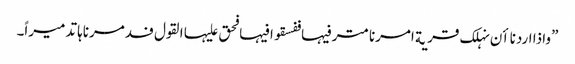
”واذا اردنا اٴن نہلک قریة امرنا مترفیہا ففسقوا فیہا فحق علیہا القول فدمرناہا تدمیراً۔